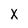
Character: X